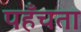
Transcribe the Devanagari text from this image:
पहँचता